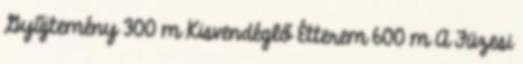
Gyűjtemény 300 m Kisvendéglő Étterem 600 m A Füzesi